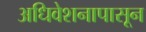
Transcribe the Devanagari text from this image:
अधिवेशनापासून